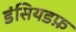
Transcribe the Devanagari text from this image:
डंसियडफ़